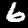
Label: 6